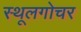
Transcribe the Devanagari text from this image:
स्थूलगोचर